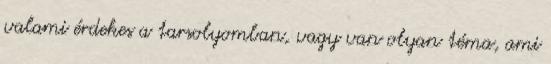
valami érdekes a tarsolyomban, vagy van olyan téma, ami